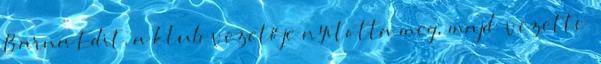
Barna Edit, a klub vezetője nyitotta meg, majd ’vezette’